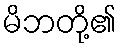
မိဘတို့၏